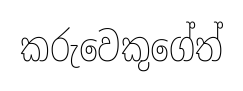
කරුවෙකුගේත්